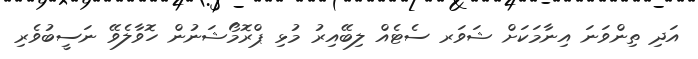
އަދި ތިންވަނަ އިނާމަކަށް ޝަވަރ ސެޓެއް ލިބޭއިރު މުޅި ޕްރޮމޯޝަނުން ހޮވާލެވޭ ނަސީބުވެރި